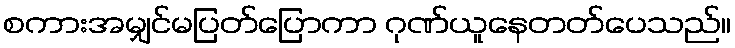
စကားအမျှင်မပြတ်ပြောကာ ဂုဏ်ယူနေတတ်ပေသည်။